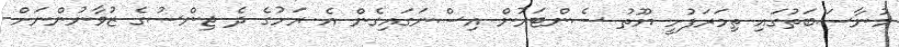
މުނާސަބަތުގައި ތިމަރަފުށީ ޔޫތު ސެންޓަރުން އިސްނަގައިގެން އެ ރަށުގެ ދެ ޖިންސުގެ ޒުވާނުންނަށް